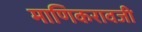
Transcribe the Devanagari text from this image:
माणिकरावजी